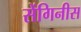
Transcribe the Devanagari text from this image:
सेंगिनीस